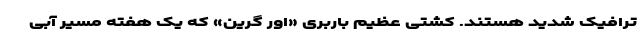
ترافیک شدید هستند. کشتی عظیم باربری «اور گرین» که یک هفته مسیر آبی